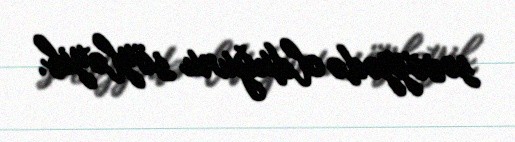
səviyyədə olduğunu söyləyib.